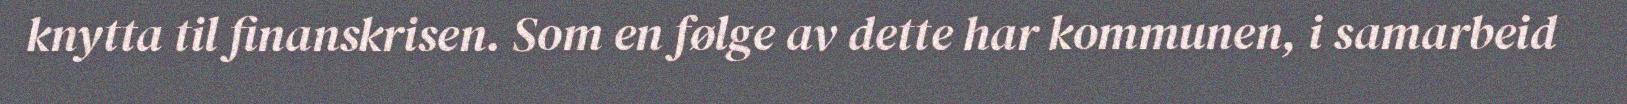
knytta til finanskrisen. Som en følge av dette har kommunen, i samarbeid